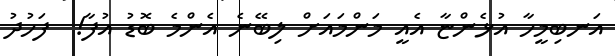
އަނބިމީހާ އުޅެންޏާ އެއީ މަންމައަށް ލިބޭނެ އެންމެ ބޮޑު އުފާ!  ފަހުދު